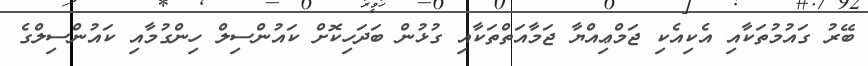
ބޭރު ގައުމުތަކާއި އެކިއެކި ޖަމްޢިއްޔާ ޖަމާއަތްތަކާއި ގުޅުން ބަދަހިކޮށް ކައުންސިލް ހިންގުމާއި ކައުންސިލްގެ